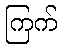
ကြက်